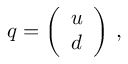
q = \left( \begin{array} { l } { { u } } \\ { { d } } \end{array} \right) \, ,